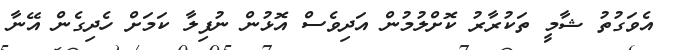
އެވަގުތު ޝާމީ ތަކުރާރު ކޮށްލުމުން އަދިވެސް އޮޅުން ނުފިލާ ކަމަށް ހެދިގެން އޭނާ